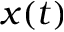
x ( t )